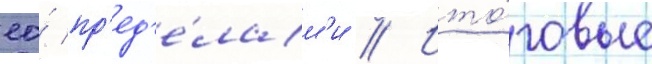
ео́ пр'ед'е́лам'и // Ито́говые